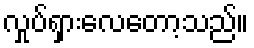
လှုပ်ရှားလေတော့သည်။